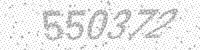
Solution: 550372